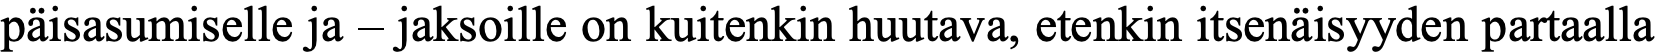
päisasumiselle ja – jaksoille on kuitenkin huutava, etenkin itsenäisyyden partaalla